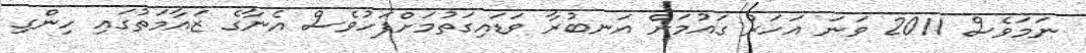
ނަމަވެސް 2011 ވަނަ އަހަރު ގައުމަށް އަނބުރާ ވަޑައިގަތުމަށްފަހުވެސް އެނާގެ ޒައާމަތުގައި ހިންގި